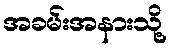
အခမ်းအနားသို့